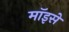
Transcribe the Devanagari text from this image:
मॉइसे